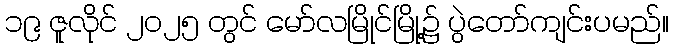
၁၉ ဇူလိုင် ၂၀၂၅ တွင် မော်လမြိုင်မြို့၌ ပွဲတော်ကျင်းပမည်။